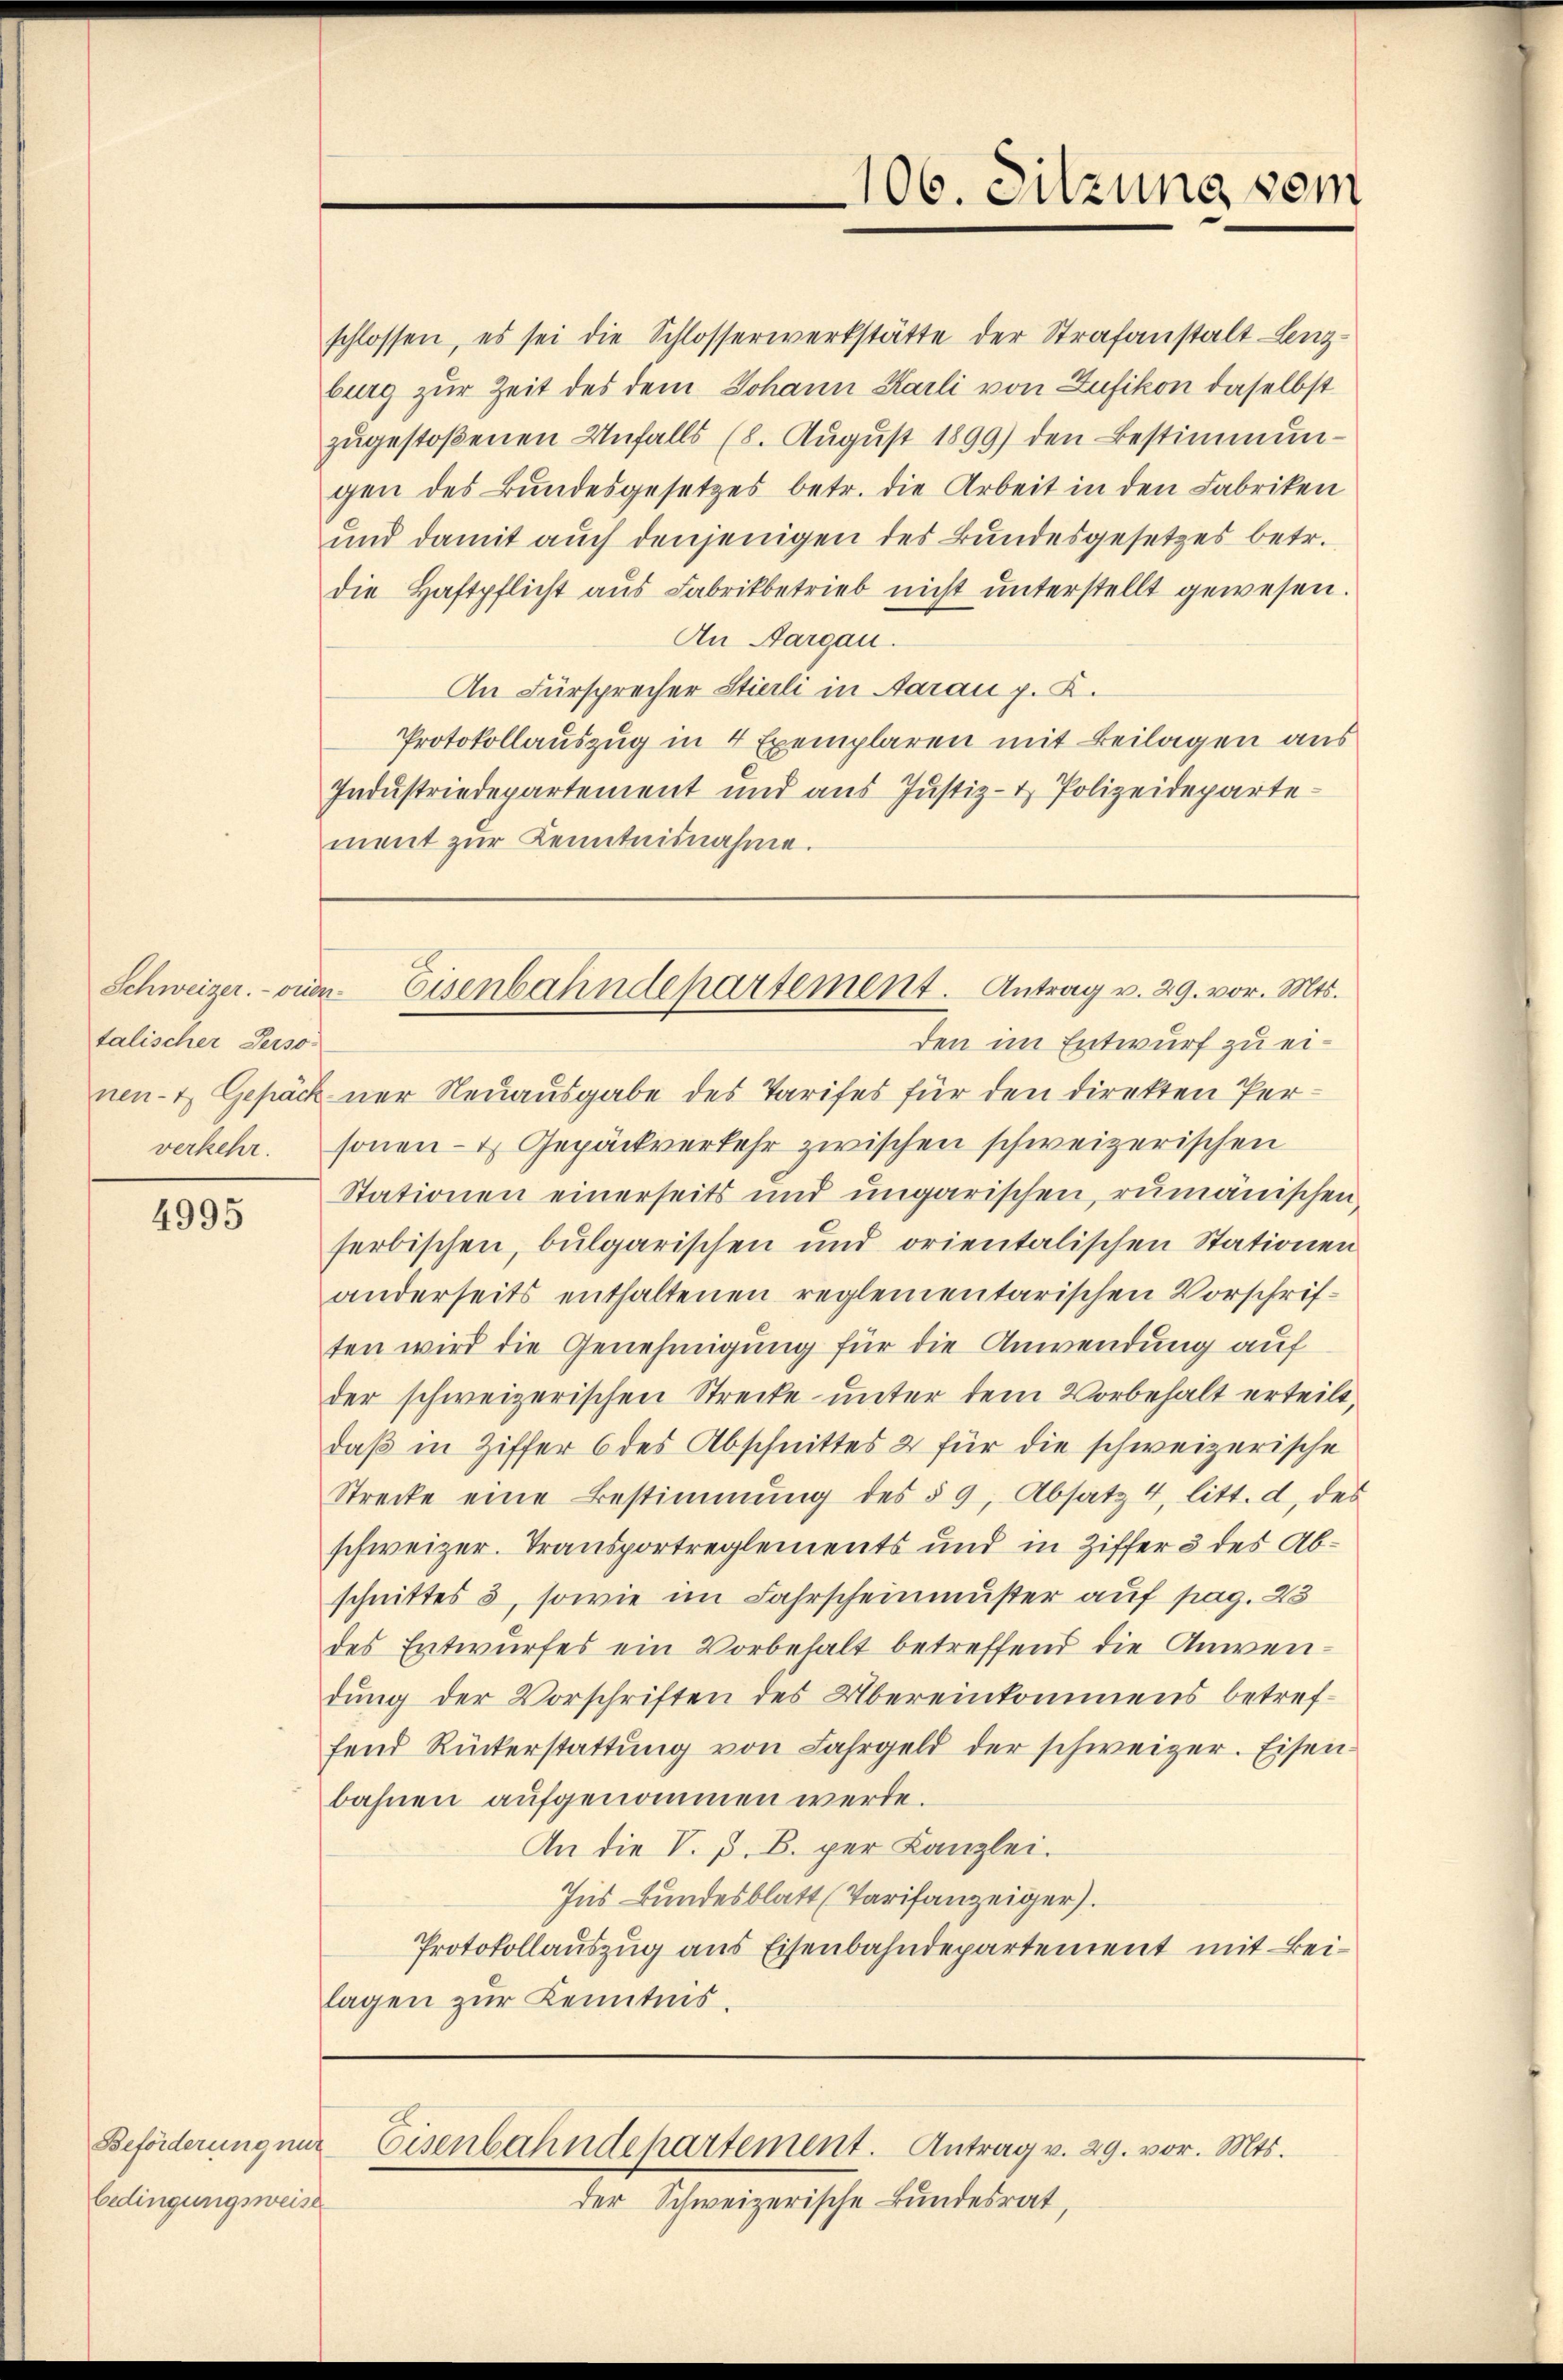
talischer Perso-
verkehr.

4995

Beförderung nur
bedingungsweise

schlossen, es sei die Schlosserwerkstätte der Strafanstalt Lenzburg zur Zeit des dem Johann Karli von Zufikon daselbst
zŭgestoßenen Unfalls (8. Aŭgŭst 1899) den Bestimmun-
gen des Bundesgesetzes betr. die Arbeit in den Fabriken
und damit auch denjenigen des Bundesgesetzes betr.
die Haftpflicht aŭs Fabrikbetrieb nicht ŭnterstellt gewesen.
An Aargau.
An Fürsprecher Stierli in Aarau p. K.
Protokollauszug in 4 Exemplaren mit Beilagen aus
Industriedepartement und aus Justiz- & Polizeidepartement zŭr Kenntnisnahme.

den im Entwurf zu einen- & Gepäck nur Neuausgabe des Tarifes für den direkten Personen- & Gepäckverkehr zwischen schweizerischen
Stationen einerseits und ungarischen, rumänischen
serbischen, bulgarischen und orientalischen Stationen
anderseits enthaltenen reglementarischen Vorschriften wird die Genehmigung für die Anwendung auf
der schweizerischen Strecke unter dem Vorbehalt erteilt,
daß in Ziffer 6 des Abschnittes 2 für die schweizerische
Strecke eine Bestimmung des § 9, Absatz 4, litt. d. des
schweizer. Transportreglements und in Ziffer 3 des Abschnittes 3, sowie im Fahrscheinmuster auf pag. 23
des Entwurfes ein Vorbehalt betreffend die Anwendung der Vorschriften des Übereinkommens betreffend Rückerstattung von Fahrgeld der schweizer. Eisen
bahnen aufgenommen werde.
An die V. P. B. per Kanzlei.
Ins Bundesblatt (Tarifanzeiger).
Protokollauszug aus Eisenbahndepartement mit Beilagen zur Kenntnis.

106. Sitzung vom

Schweizer.- viven Eisenbahndepartement. Antrag v. 29. vor. Mts.

Eisenbahndepartement. Antrag v. 29. vor. Mts.

der Schweizerische Bundesrat,